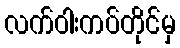
လက်ဝါးကပ်တိုင်မှ